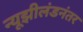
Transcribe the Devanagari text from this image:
न्यूझीलंडनंतर